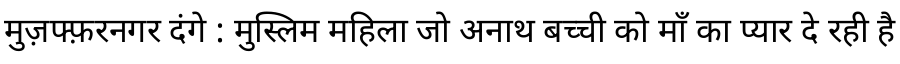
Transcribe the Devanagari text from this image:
मुज़फ्फ़रनगर दंगे : मुस्लिम महिला जो अनाथ बच्ची को माँ का प्यार दे रही है